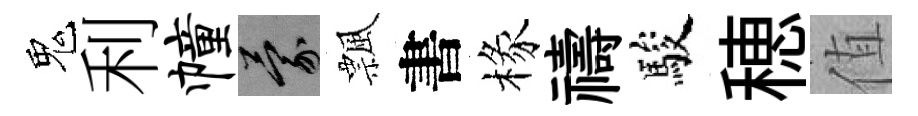
鬼利幢蒙飄書椽禱駿穂值